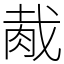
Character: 胾